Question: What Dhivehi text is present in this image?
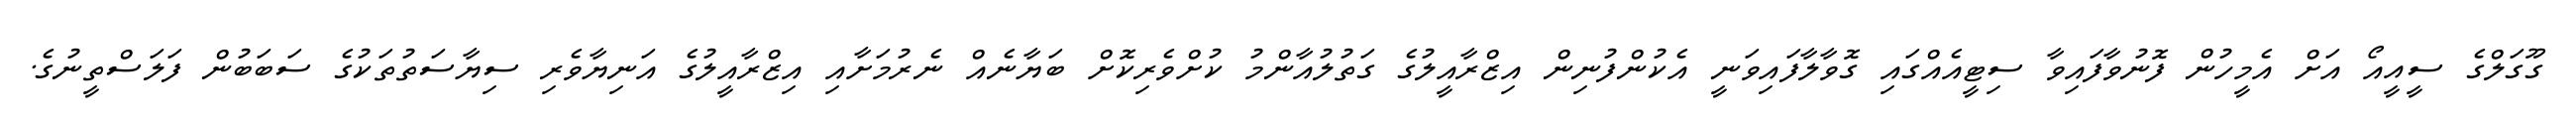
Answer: ގޫގަލްގެ ސީއީއޯ އަށް އެމީހުން ފޮނުވާފައިވާ ސިޓީއެއްގައި ގޮވާލާފައިވަނީ އެކުންފުނިން އިޒްރާއީލުގެ ގަތުލުއާންމު ކުށްވެރިކޮށް ބަޔާނެއް ނެރުމަށާއި އިޒްރާއީލުގެ އަނިޔާވެރި ސިޔާސަތުތަކުގެ ސަބަބުން ފަލަސްތީނުގެ.